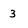
Character: 3